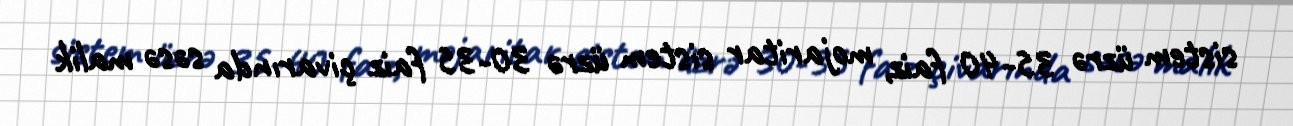
sistem üzrə 35-40 faiz, mojaritar sistem üzrə 30-35 faiz çivarında səsə malik